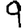
Digit: 9